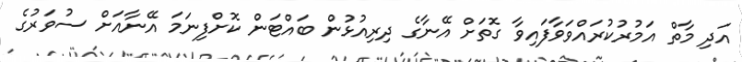
އަދި މާތް އަމުރުކުރައްވަވާފައިވާ ގޮތަށް އޭނާގެ ދިރިއުޅުން ބައްޓަން ކޮށްފިނަމަ އޭނާއަށް ސުވަރުގެ